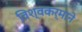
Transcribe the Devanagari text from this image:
विश्वकर्माने